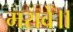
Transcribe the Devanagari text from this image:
मरावें॥